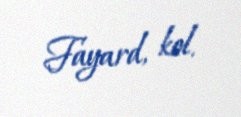
Fayard, kol.